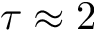
\tau \approx 2